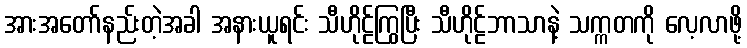
အားအတော်နည်းတဲ့အခါ အနားယူရင်း သီဟိုဠ်ကြွပြီး သီဟိုဠ်ဘာသာနဲ့ သက္ကတကို လေ့လာဖို့